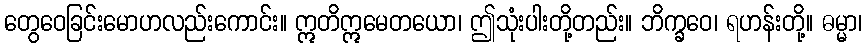
တွေဝေခြင်းမောဟလည်းကောင်း။ ဣတိဣမေတယော၊ ဤသုံးပါးတို့တည်း။ ဘိက္ခဝေ၊ ရဟန်းတို့။ ဓမ္မာ၊